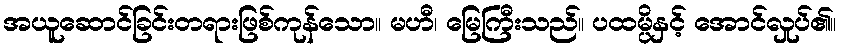
အယူဆောင်ခြင်းတရားဖြစ်ကုန်သော။ မဟီ၊ မြေကြီးသည်။ ပထမ္ပိနှင့် အောင်လှုပ်၏။